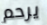
يرحم